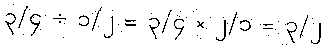
၃/၄ ÷ ၁/၂ = ၃/၄ × ၂/၁ = ၃/၂